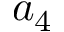
a _ { 4 }